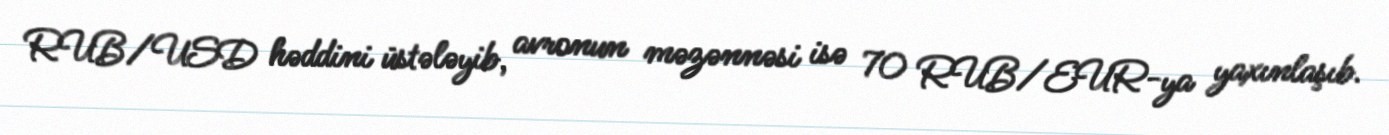
RUB/USD həddini üstələyib, avronun məzənnəsi isə 70 RUB/EUR-ya yaxınlaşıb.